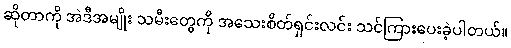
ဆိုတာကို အဲဒီအမျိုး သမီးတွေကို အသေးစိတ်ရှင်းလင်း သင်ကြားပေးခဲ့ပါတယ်။